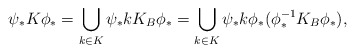
\begin{align*} \psi_*K\phi_* = \bigcup_{k \in K} \psi_*kK_B\phi_* = \bigcup_{k \in K} \psi_*k\phi_*(\phi^{-1}_*K_B\phi_*), \end{align*}